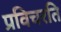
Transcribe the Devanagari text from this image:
प्रविचरति